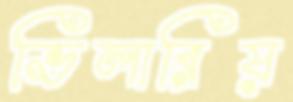
ভিলারিয়